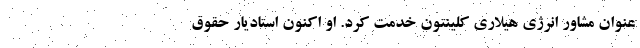
عنوان مشاور انرژی هیلاری کلینتون خدمت کرد. او اکنون استادیار حقوق